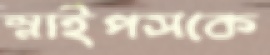
স্নাইপসকে